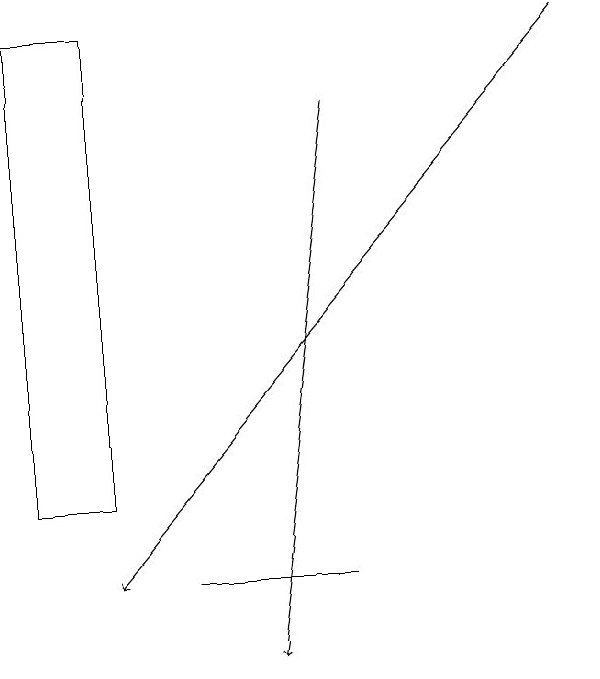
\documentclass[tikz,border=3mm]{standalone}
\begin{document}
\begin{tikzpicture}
\draw (2,18) rectangle (1,12);
\draw[->] (5,17) -- (4,10);
\draw[->] (8,18) -- (2,11);
\draw (3,11) rectangle (5,11);
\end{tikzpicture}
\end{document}